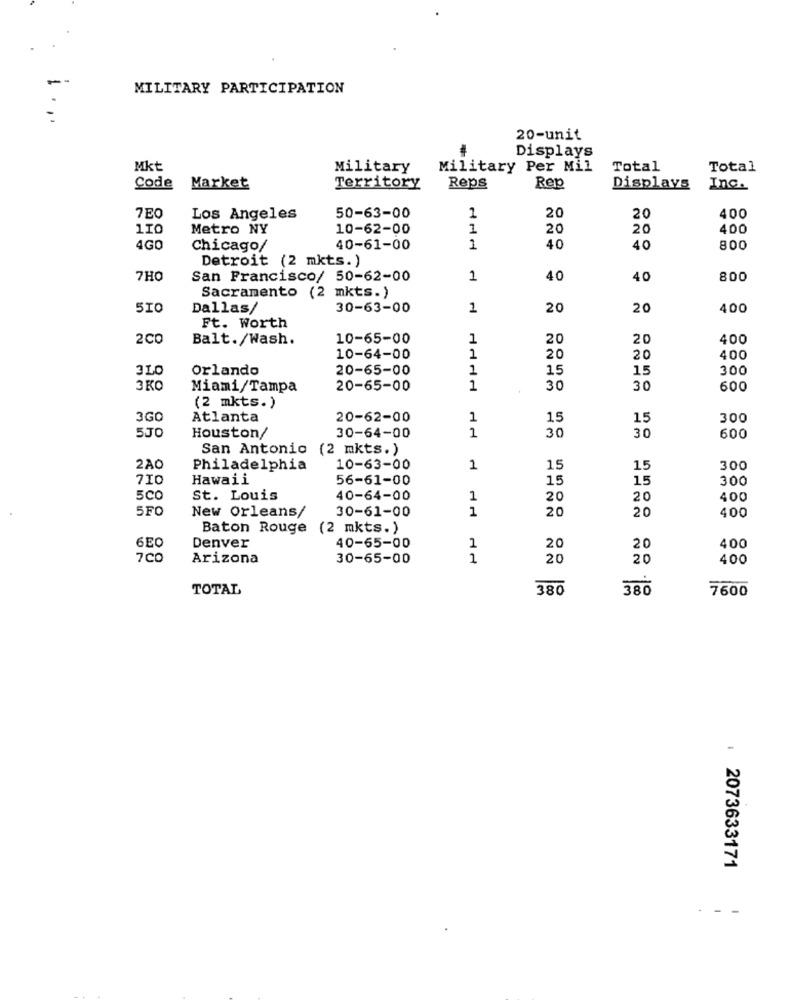
MILITARY PARTICIPATION
20-unit
Displays
Mkt
Military
Military Per Mil
Total
Total
Code
Market
Territory
Reps
Rep
Displays
Inc.
7EO
Los Angeles
50-63-00
1
20
20
400
110
Metro NY
10-62-00
1
20
20
400
4GO
Chicago/
40-61-00
1
40
40
800
Detroit (2 mkts.)
7HO
San Francisco/ 50-62-00
1
40
40
800
Sacramento (2 mkts.)
510
Dallas/
30-63-00
1
20
20
400
Ft. Worth
2CD
Balt./Wash.
10-65-00
1
20
20
400
10-64-00
1
20
20
400
3LO
Orlando
20-65-00
1
15
15
300
3KO
Miami/Tampa
20-65-00
1
30
30
600
(2 mkts.)
3GO
Atlanta
20-62-00
1
15
15
300
5J0
30
30
Houston/
30-64-00
1
600
San Antonio (2 mkts.)
2AO
Philadelphia
10-63-00
1
15
15
300
710
Hawaii
56-61-00
15
15
300
5CO
St. Louis
40-64-00
1
20
20
400
SFO
New Orleans/
1
20
30-61-00
20
400
Baton Rouge (2 mkts.)
6E0
40-65-00
Denver
1
20
20
400
7CO
Arizona
30-65-00
1
20
20
400
TOTAL
380
380
7600
: 2073633171
- - -